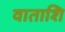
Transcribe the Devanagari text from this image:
वाताशि